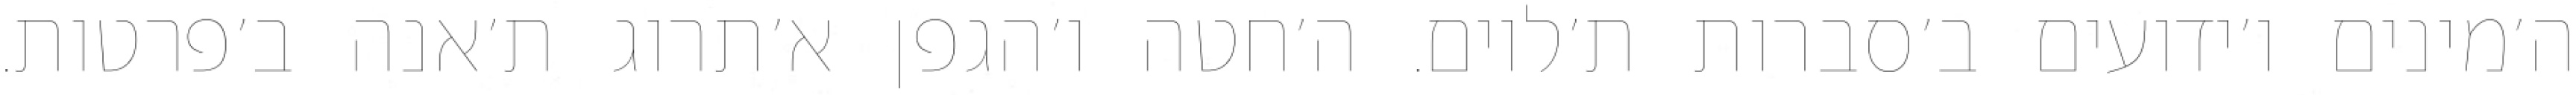
ה׳מינים ו׳ידועים ב׳סברות ת׳לוים. ה׳חטה ו׳הגפן א׳תרוג ת׳אנה ב׳פרטות.